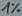
Text: 1%